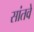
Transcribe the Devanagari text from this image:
सांतवे